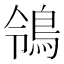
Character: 鴒